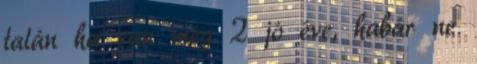
talán ha van még 2 jó éve, habár ne